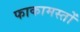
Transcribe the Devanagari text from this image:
फाकामस्तों